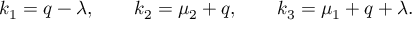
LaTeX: k _ { 1 } = q - \lambda , \qquad k _ { 2 } = \mu _ { 2 } + q , \qquad k _ { 3 } = \mu _ { 1 } + q + \lambda .